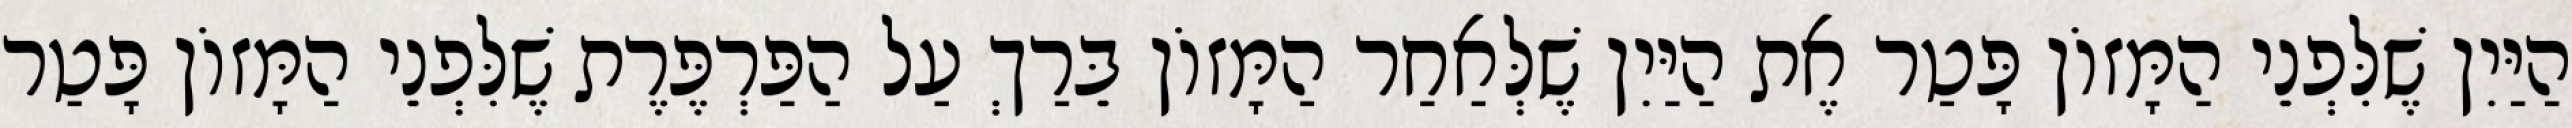
הַיַּיִן שֶׁלִּפְנֵי הַמָּזוֹן פָּטַר אֶת הַיַּיִן שֶׁלְּאַחַר הַמָּזוֹן בֵּרַךְ עַל הַפַּרְפֶּרֶת שֶׁלִּפְנֵי הַמָּזוֹן פָּטַר